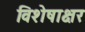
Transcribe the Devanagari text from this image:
विशेषाक्षर